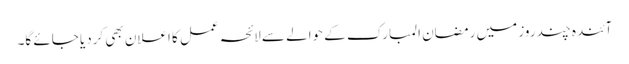
آئندہ چند روز میں رمضان المبارک کے حوالے سے لائحہ عمل کا اعلان بھی کردیا جائے گا۔